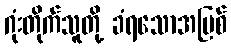
ဂုံးတိုက်သူတို့ ခံရသောအပြစ်